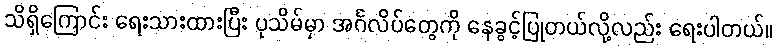
သိရှိကြောင်း ရေးသားထားပြီး ပုသိမ်မှာ အင်္ဂလိပ်တွေကို နေခွင့်ပြုတယ်လို့လည်း ရေးပါတယ်။